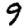
Digit: 9